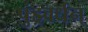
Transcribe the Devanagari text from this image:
पुंड्रवर्धन्